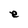
Character: e